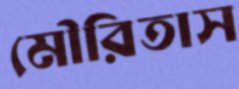
মৌরিতাস